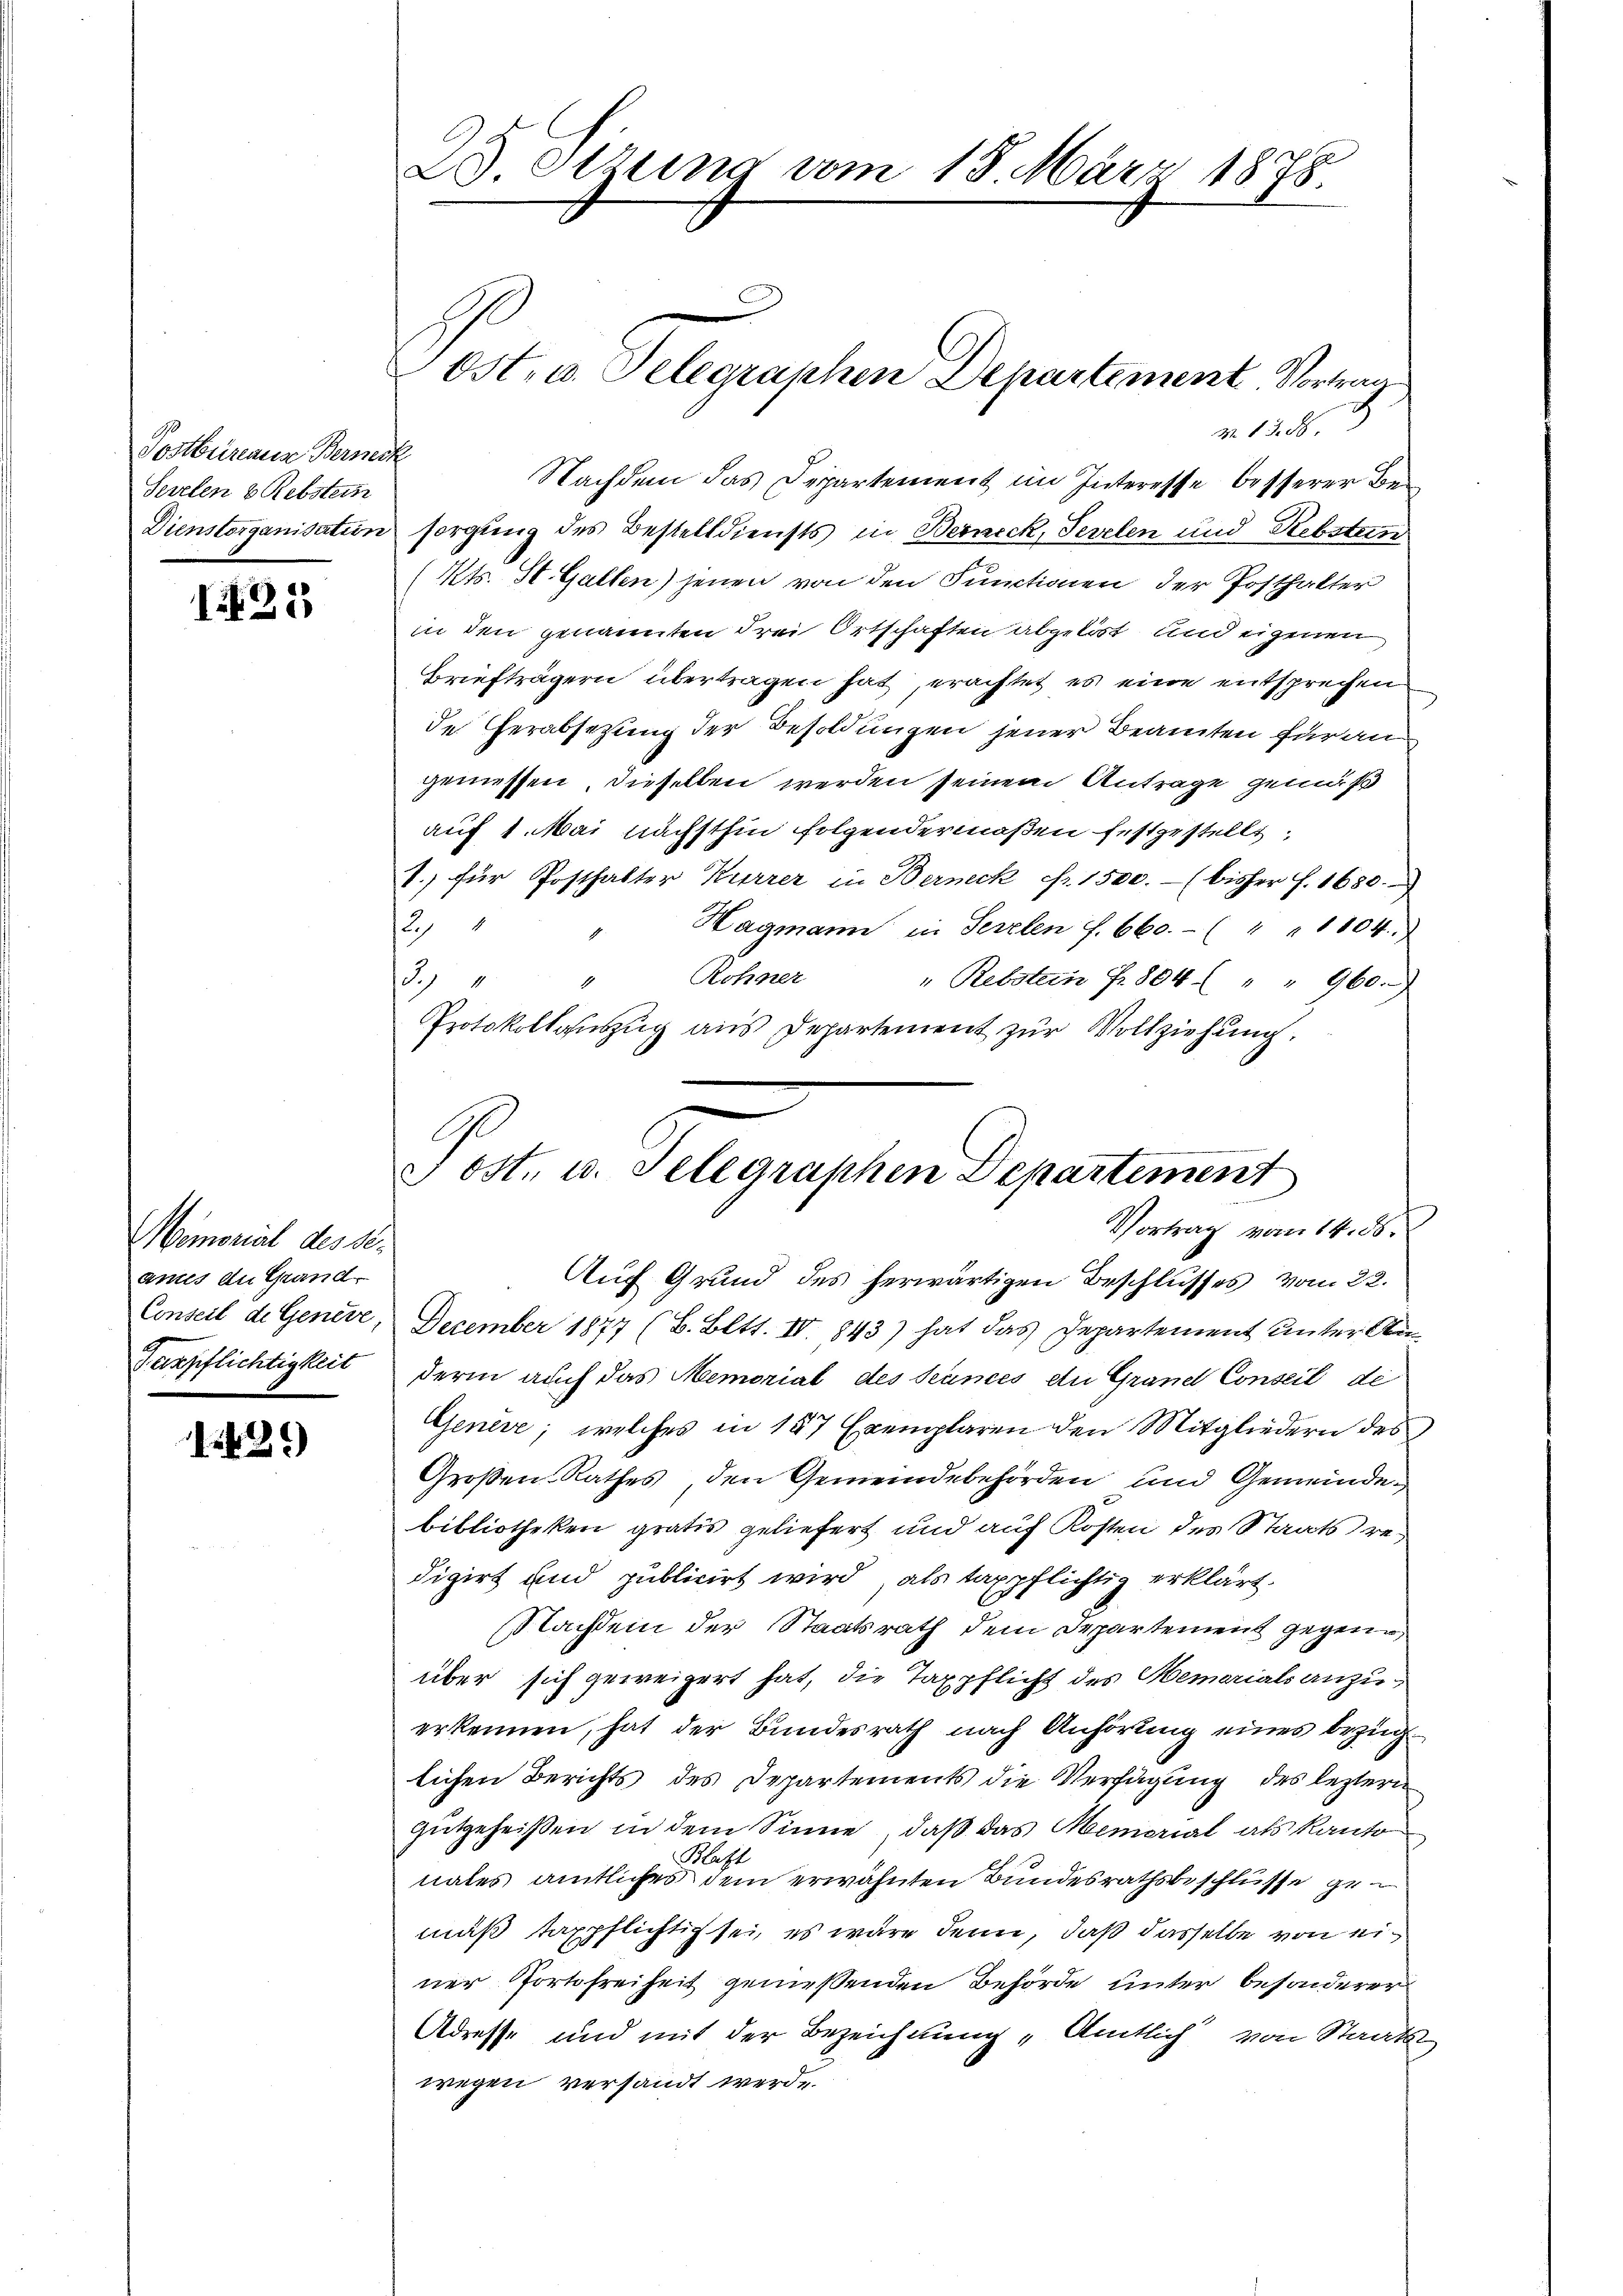
ekleinem Benef
Serrten & Rebstern

I432

Memorial des St.
annes du Grand-
Verpflichtigkeit

1429)

23. Sitzung vom 18. März 1878.

N. 13. 56.
Nachdem das Departement im Interesse besserer Be¬
Dienstorganisatin sorgung des Bestelldiensts in Berneck, Serelen und Rebstern
(Kts. St. Gallen) jenen von den Functionen der Posthalter
in den genannten drei Ortschaften abgelöst und eigenen
Briefträgern übertragen hat, erachtet es eine entsprechen
de Herabsetzung der Besoldungen jener Beamten für an
geniessen, dieselben werden seinem Antrage gemäß
auf 1. Mai nächsthin folgendermaßen festgestellt,
1. für Posthalter Kurrer in Berneck Fr. 1500.- (bisher f. 1680.
12
Hagmann in Serelen f. 660.- ( " " 1004.
3.) " " Rohner
" Rebstein fr. 804 ( " " 960.
Protokollauszug aus Departement zur Vollziehung.

Ost- u. Telegraphen Departement. Vortrau

Post. u. Telegraphen Departement
Vortrag vom 14. ds.
Auf Grund des herwärtigen Beschlusses vom 22.

Conseil de Genere, Dezember 1877 (B. Bett. IV. 843) hat das Departement unter Anderin auch das Memorial des Scances an Grand Conseil di
Genève, welches in 157 Exemplaren den Mitgliedern des
Großen Rathes, den Gemeindebehörden und Gemeindebibliotheken gratis geliefert und auf Kosten des Staatsredigirt und publicirt wird, als taxpflichtig erklärt.
Nachdem der Staatsrath dem Departement gegene
über sich geweigert hat, die Taxpflicht des Memorials anzuerkennen, hat der Bundesrath nach Anhörung eines bezüglichen Berichts des Departements die Verfügung des leztern
Gutgeheißen in dem Sinne, daß das Memorial als Kanto
Hast
nates amtliches dem erwähnten Bundesrathsbeschlüsse ge
mäß tappflichtig sei, es wäre denn, daß dasselbe von einer Portofreiheit genießenden Behörde unter besonderer
Adresse und mit der Bezeichnung „Amtlich von Staats-
wegen versandt werde.